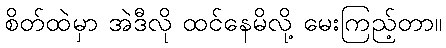
စိတ်ထဲမှာ အဲဒီလို ထင်နေမိလို့ မေးကြည့်တာ။